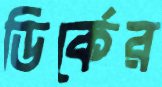
ডির্কের